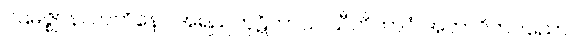
ပဌမဇ္ဈာနလာဘိနော အရညကုဋိကာယ သီတိဘာဝံ အဘာဝိတပညော